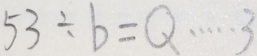
5 3 \div b = Q \cdots 3